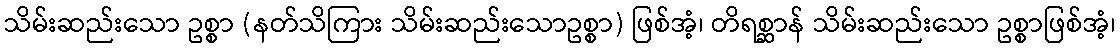
သိမ်းဆည်းသော ဥစ္စာ (နတ်သိကြား သိမ်းဆည်းသောဥစ္စာ) ဖြစ်အံ့၊ တိရစ္ဆာန် သိမ်းဆည်းသော ဥစ္စာဖြစ်အံ့၊